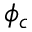
\phi _ { c }